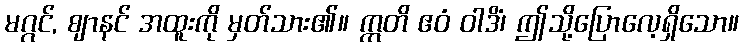
မဂ္ဂင်, ဈာနင် အထူးကို မှတ်သား၏။ ဣတိ ဧဝံ ဝါဒိံ၊ ဤသို့ပြောလေ့ရှိသော။